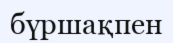
бүршақпен